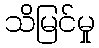
သိမြင်မှု